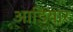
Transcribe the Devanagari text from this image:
आडियार